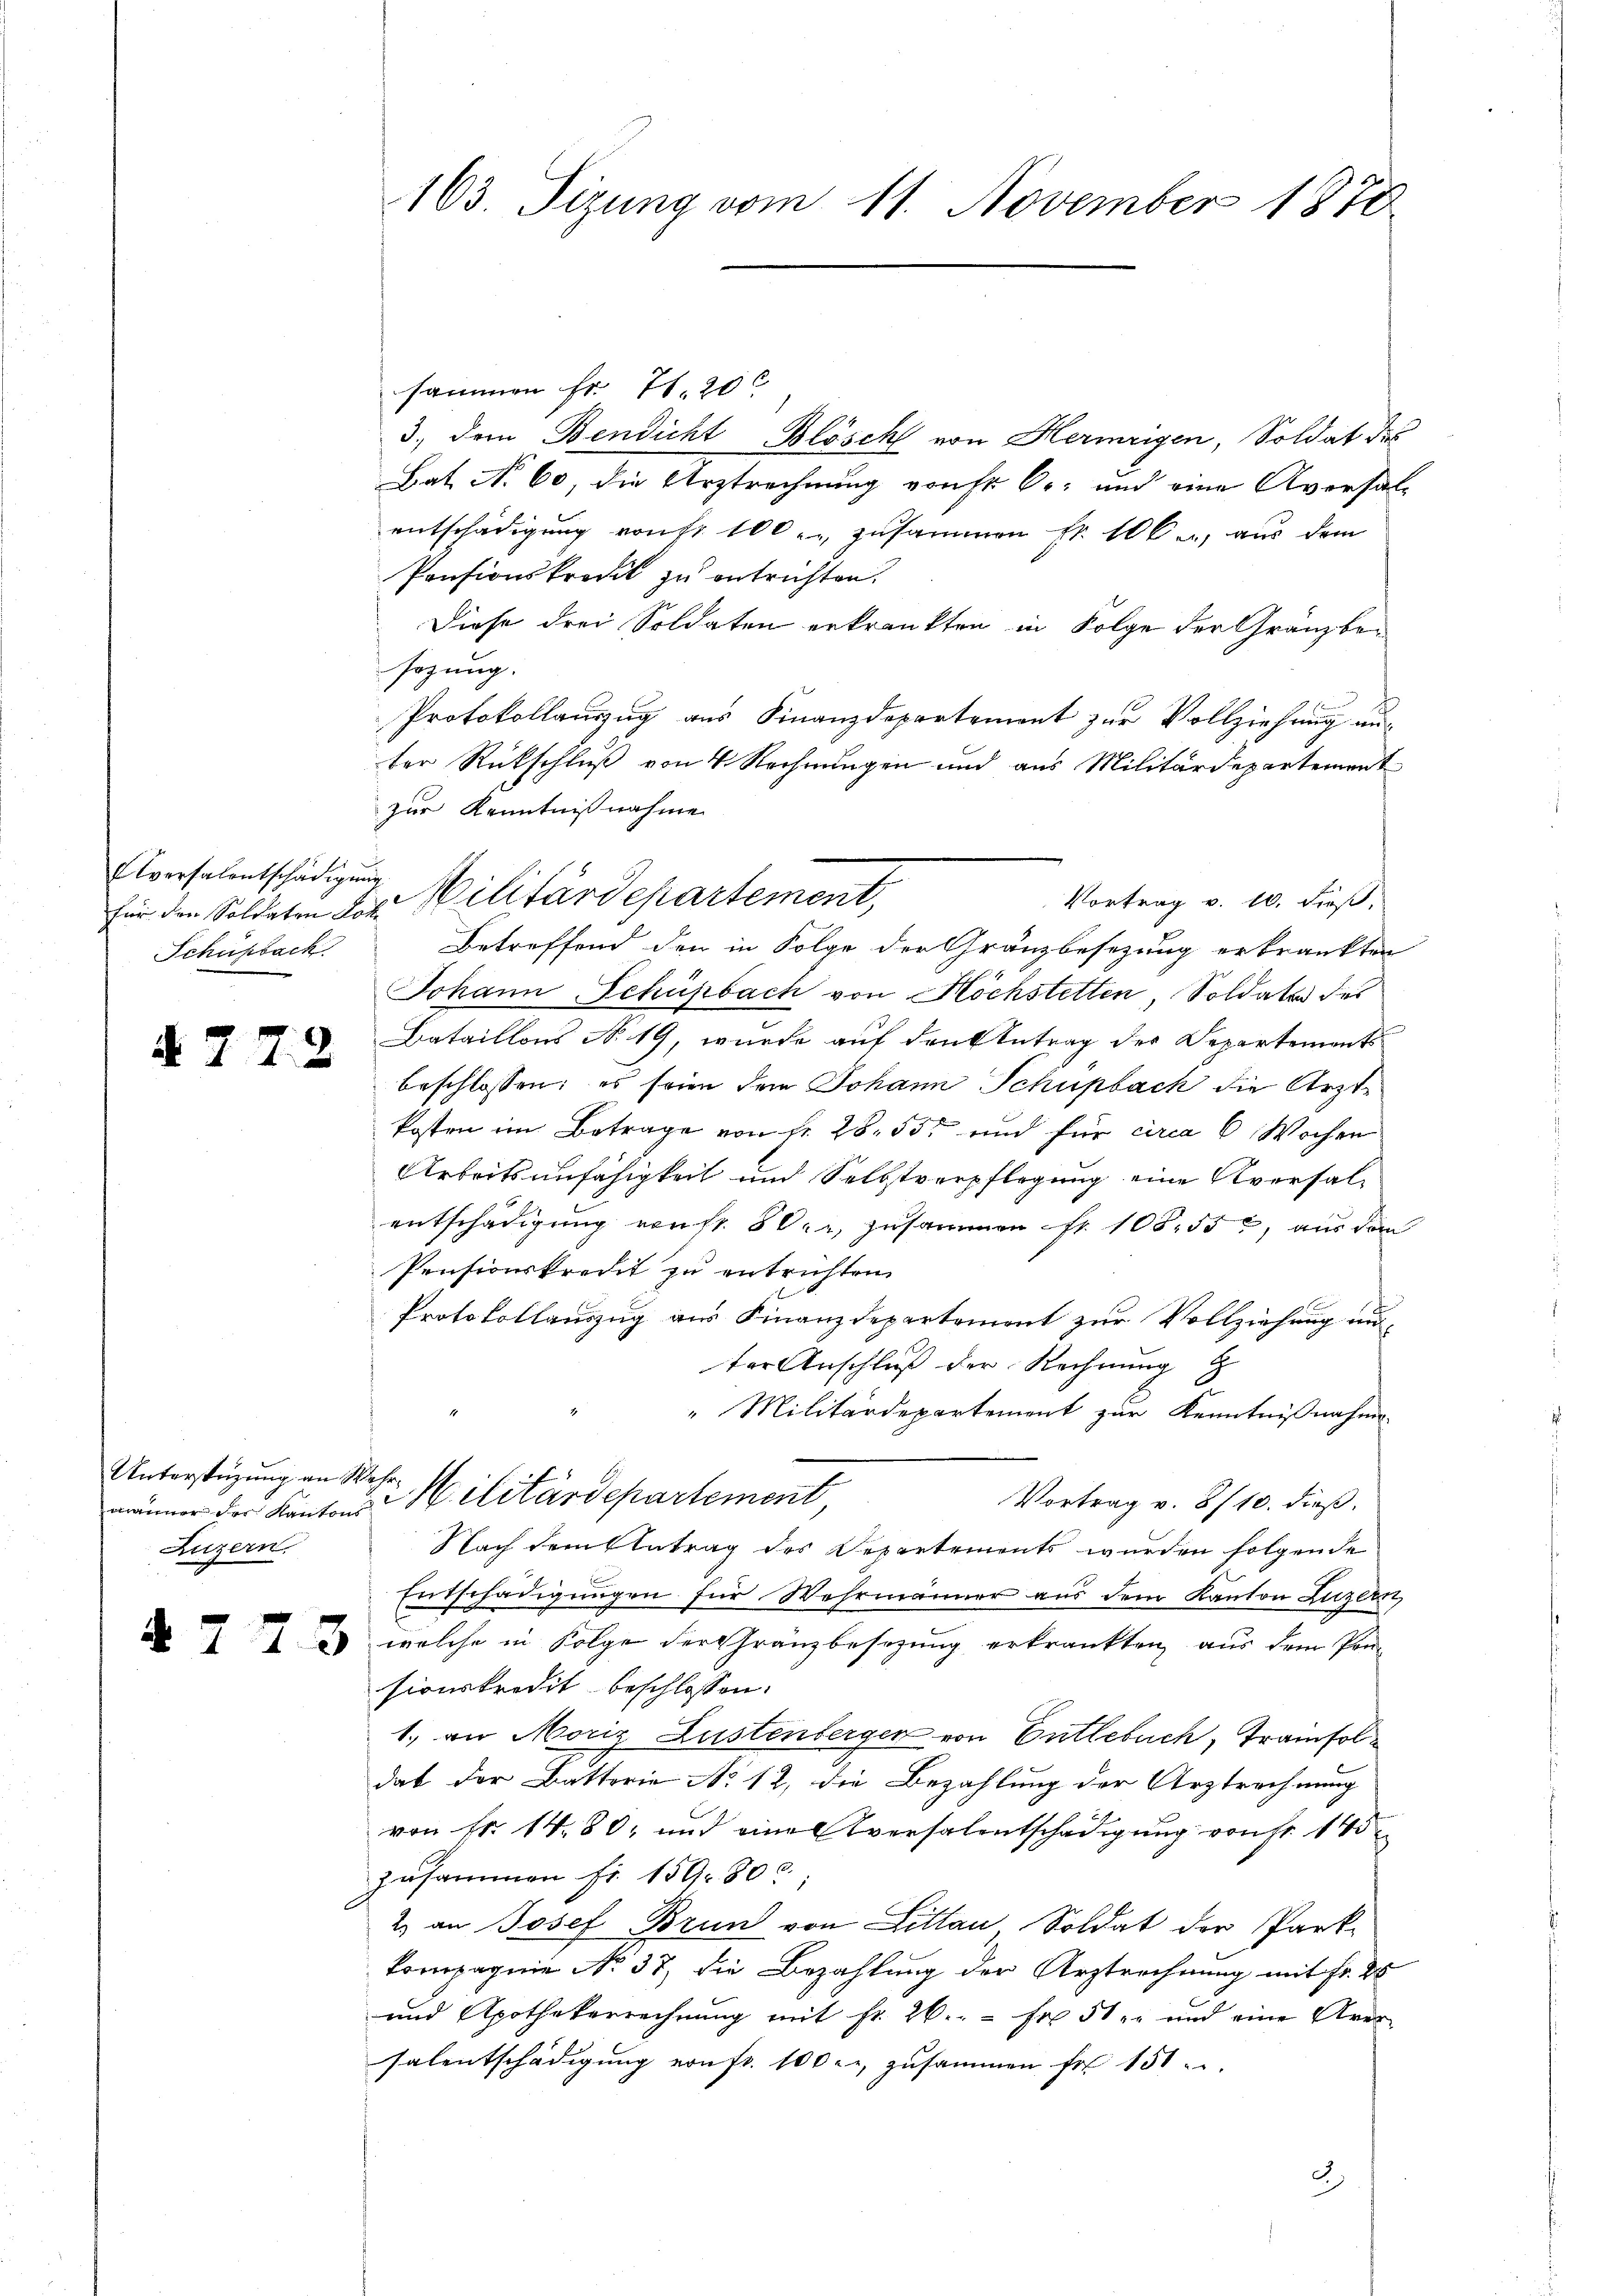
Aversalentschädigung
Schusback.

7

2

männer der Kantons
Luzern

sammen fr. 71. 20
3., dem Bendicht Blösch von Hermeigen, Soldat des
Bat No 60, die Urztrechnung von fr Cr: und eine Aversal-
entschädigung von fr. 100. zusammen Fr. 100 u. aus dem
Pensionskredit zu entrichten.
Diese drei Soldaten erkränkten in Folge der Gränz(...)¬
sezung.
Protokollauszug aus Finanzdepartement zur Vollziehung unter Rückschluß von 4 Rechnungen und aus Militärdepartement
zur Kenntnißnahme
Betreffend der in Folge der Gränzbesezung erkrankten
Johann Schüpbach von Höchstetten Soldater des
Bataillons No. 19, wurde auf den Antrag der Departements
beschlossen; es seien dem Johann Schupbach die Ärzte
kosten im Betrage von Nr. 28. 55 und für circa 6 Wochen
Arbeitsunfähigkeit und Selbstverpflegung eine Aversalentschädigung von fr. 80, zusammen fr. 108. 552, aus dem
Pensionskredit zu entrichten.
Protokollauszug aus Finanzdepartement zur Vollziehung un-
ter Anschluß der Rechnung
" Militärdepartement zur Kenntnißnahme
Unterstüzung an Se. Militärdepartement
Vortrag v. 8/10. dieß.
Nach dem Antrag des Departements wurden folgende
Entschädigungen für Wahrmänner aus dem Kanton Luzern,
2 welche in Folge der Gränzbesezung erkrankten, aus dem Pon-
sionskredit beschlossen:
1.) an Moriz Lustenberger von Entlebuch, Tramfoldat der Battorie No 12, die Bezahlung der Arztrechnung
von Fr. 14. 80, und eine Aversalentschädigung von Fr. 145
zusammen fr. 159. 800;
2. an Josef Brun von Littau Soldat der Park-
kompagnie No. 37, die Bezahlung der Arztrechnung mit Fr. 25
und Apothekerrechnung mit Fr. 26.  Fr. 51 und eine Aver
salentschädigung von fr. 100 l., zusammen für 151 u

163. Sizung vom 11. November 1878

Vortrag v. 10. dieß,
für den Soldaten der Militärdepartement,

c